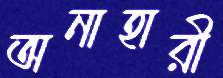
অনাহারী